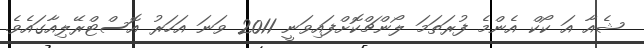
ޝެއާ އަ ކޯކް އެންމެ ފުރަތަމަ ލޯންޗްކޮށްފައިވަނީ 2011 ވަނަ އަހަރު އޮސްޓްރޭލިއާގައެވެ.